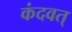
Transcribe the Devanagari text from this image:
कंदवत्‌